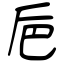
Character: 巵